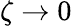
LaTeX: \zeta\rightarrow 0